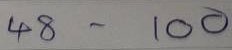
48 - 100